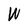
Character: W